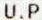
U.P